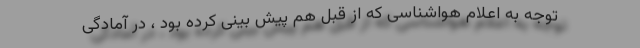
توجه به اعلام هواشناسی که از قبل هم پیش بینی کرده بود ، در آمادگی